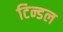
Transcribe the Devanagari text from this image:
टिन्डल